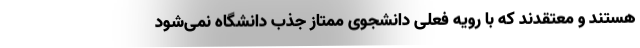
هستند و معتقدند که با رویه فعلی دانشجوی ممتاز جذب دانشگاه نمی‌شود